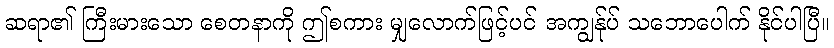
ဆရာ၏ ကြီးမားသော စေတနာကို ဤစကား မျှလောက်ဖြင့်ပင် အကျွန်ုပ် သဘောပေါက် နိုင်ပါပြီ။